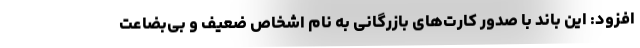
افزود: این باند با صدور کارت‌های بازرگانی به نام اشخاص ضعیف و بی‌بضاعت